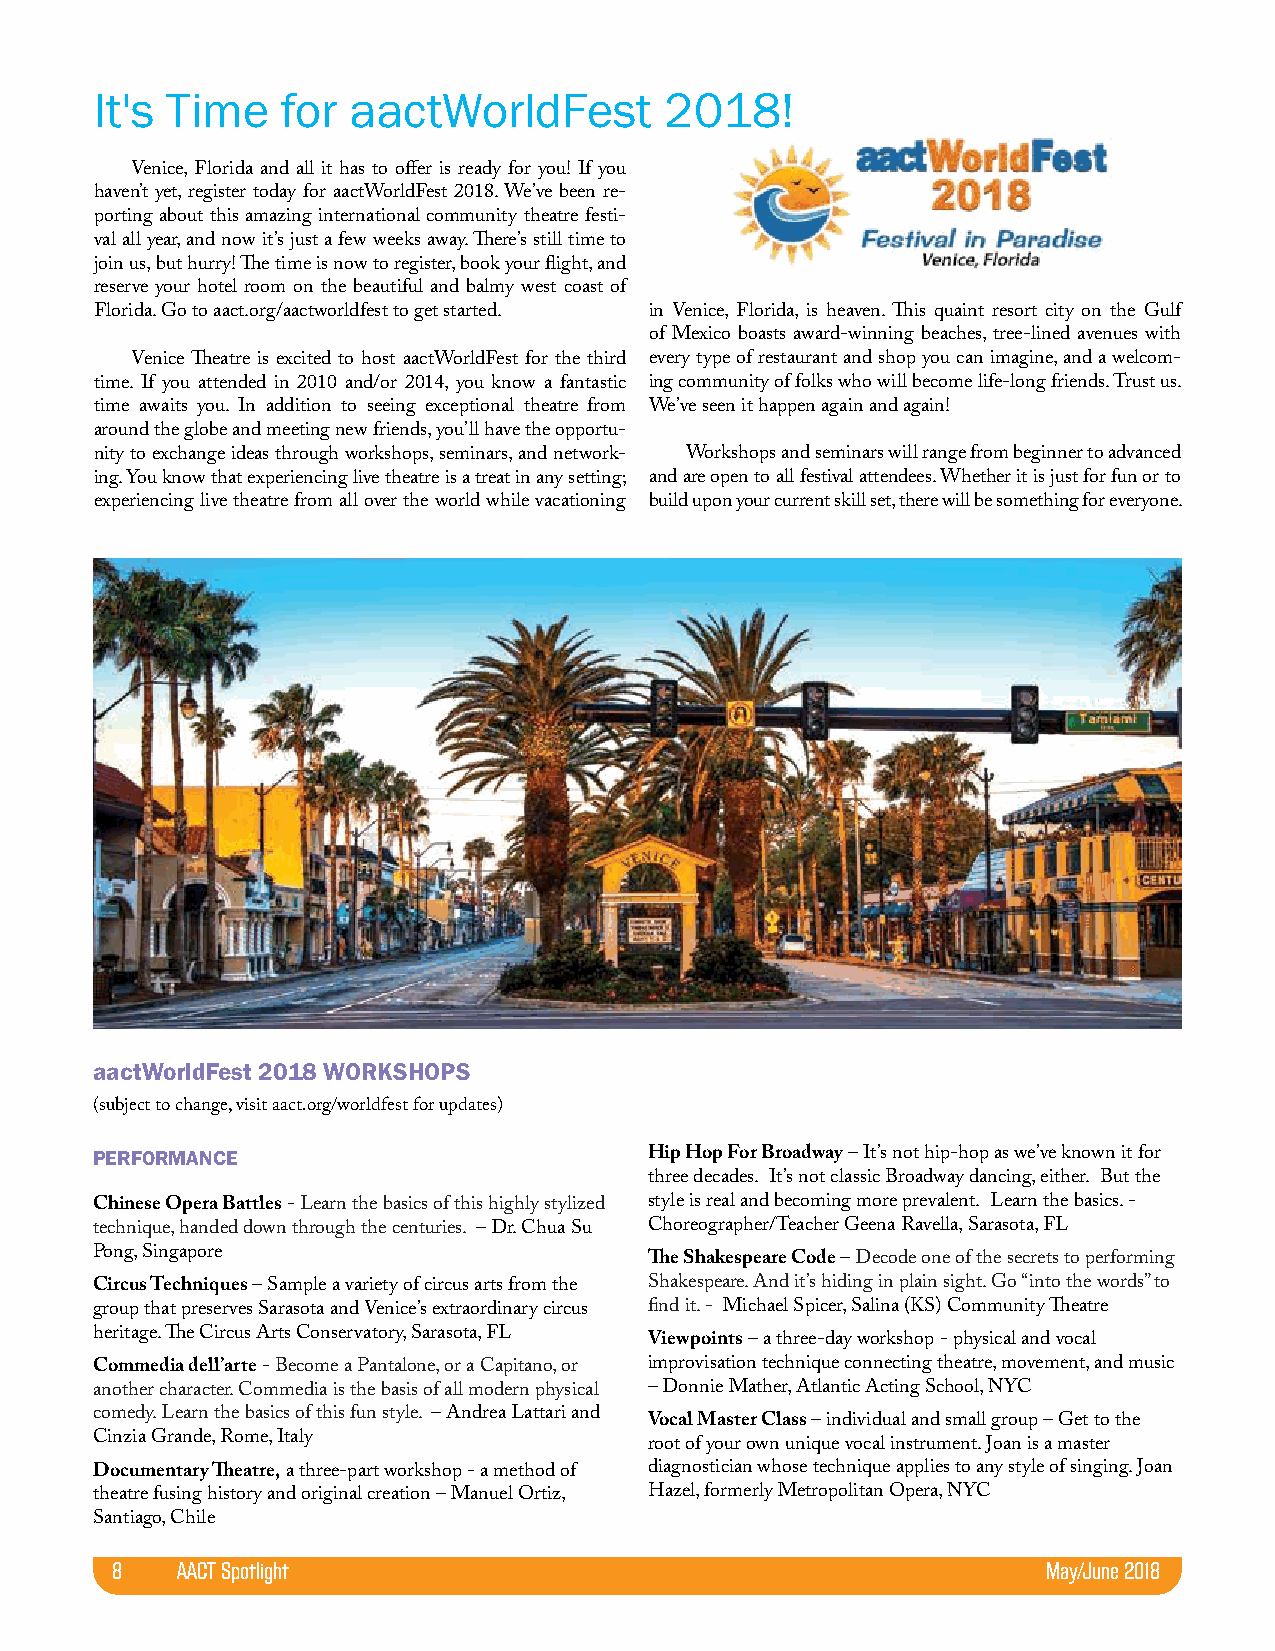
It's Time    for aactWorldFest        2018!
 Venice, Florida and all it has to offer is ready for you! If you
 haven’t yet, register today for aactWorldFest 2018. We’ve been re-
 porting about this amazing international community theatre festi-
 val all year, and now it’s just a few weeks away. There’s still time to
 join us, but hurry! The time is now to register, book your flight, and
 reserve your hotel room on the beautiful and balmy west coast of
 Florida. Go to aact.org/aactworldfest to get started. in Venice, Florida, is heaven. This quaint resort city on the Gulf
 of Mexico boasts award-winning beaches, tree-lined avenues with
 Venice Theatre is excited to host aactWorldFest for the third every type of restaurant and shop you can imagine, and a welcom-
 time. If you attended in 2010 and/or 2014, you know a fantastic ing community of folks who will become life-long friends. Trust us.
 time awaits you. In addition to seeing exceptional theatre from We’ve seen it happen again and again!
 around the globe and meeting new friends, you’ll have the opportu-
 nity to exchange ideas through workshops, seminars, and network- Workshops and seminars will range from beginner to advanced
 ing. You know that experiencing live theatre is a treat in any setting; and are open to all festival attendees. Whether it is just for fun or to
 experiencing live theatre from all over the world while vacationing build upon your current skill set, there will be something for everyone.
 aactWorldFest 2018 WORKSHOPS
 (subject to change, visit aact.org/worldfest for updates)
 PERFORMANCE                          Hip Hop For Broadway – It’s not hip-hop as we’ve known it for
 three decades. It’s not classic Broadway dancing, either. But the
 Chinese Opera Battles - Learn the basics of this highly stylized style is real and becoming more prevalent. Learn the basics. -
 technique, handed down through the centuries. – Dr. Chua Su Choreographer/Teacher Geena Ravella, Sarasota, FL
 Pong, Singapore
 The Shakespeare Code – Decode one of the secrets to performing
 Circus Techniques – Sample a variety of circus arts from the Shakespeare. And it’s hiding in plain sight. Go “into the words” to
 group that preserves Sarasota and Venice’s extraordinary circus find it. - Michael Spicer, Salina (KS) Community Theatre
 heritage. The Circus Arts Conservatory, Sarasota, FL
 Viewpoints – a three-day workshop - physical and vocal
 Commedia dell’arte - Become a Pantalone, or a Capitano, or improvisation technique connecting theatre, movement, and music
 another character. Commedia is the basis of all modern physical – Donnie Mather, Atlantic Acting School, NYC
 comedy. Learn the basics of this fun style. – Andrea Lattari and
 Vocal Master Class – individual and small group – Get to the
 Cinzia Grande, Rome, Italy
 root of your own unique vocal instrument. Joan is a master
 Documentary Theatre, a three-part workshop - a method of diagnostician whose technique applies to any style of singing. Joan
 theatre fusing history and original creation – Manuel Ortiz, Hazel, formerly Metropolitan Opera, NYC
 Santiago, Chile
 8    AACT Spotlight                                           May/June 2018